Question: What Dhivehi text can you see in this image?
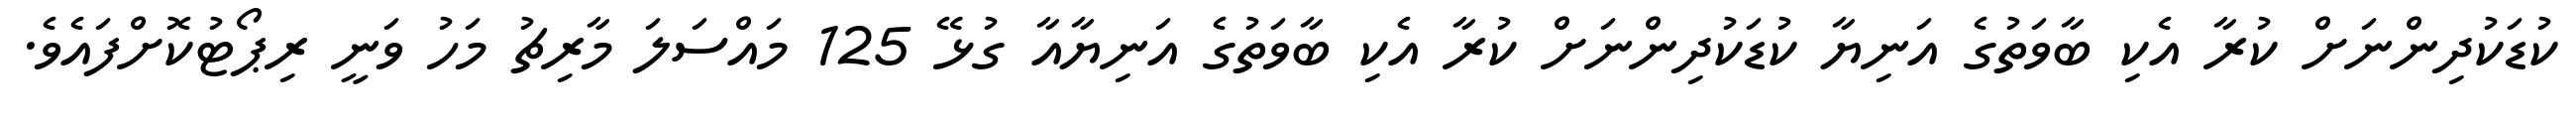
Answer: ކުޑަކުދިންނަށް ކުރާ އެކި ބާވަތުގެ އަނިޔާ ކުޑަކުދިންނަށް ކުރާ އެކި ބާވަތުގެ އަނިޔާއާ ގުޅޭ 125 މައްސަލަ މާރިޗު މަހު ވަނީ ރިޕޯޓުކޮށްފައެވެ.